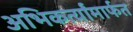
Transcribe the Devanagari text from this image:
अभिकर्त्यांमार्फत